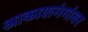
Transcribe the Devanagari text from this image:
आकाशगंगांवर